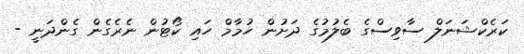
ކަރެކްޝަނަލް ސާވިސްގެ ބެލުމުގެ ދަށުން ހުމާމް ހައި ކޯޓުން ނެރެގެން ގެންދަނީ -